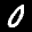
Label: 0